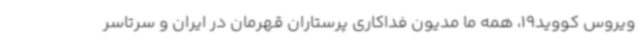
ویروس کووید19، همه ما مدیون فداکاری پرستاران قهرمان در ایران و سرتاسر